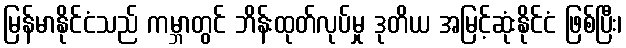
မြန်မာနိုင်ငံသည် ကမ္ဘာတွင် ဘိန်းထုတ်လုပ်မှု ဒုတိယ အမြင့်ဆုံးနိုင်ငံ ဖြစ်ပြီး၊